Civil Veterinary Dept. North-West Frontier Province 1901-22 - 1901-1922
Year: 1901
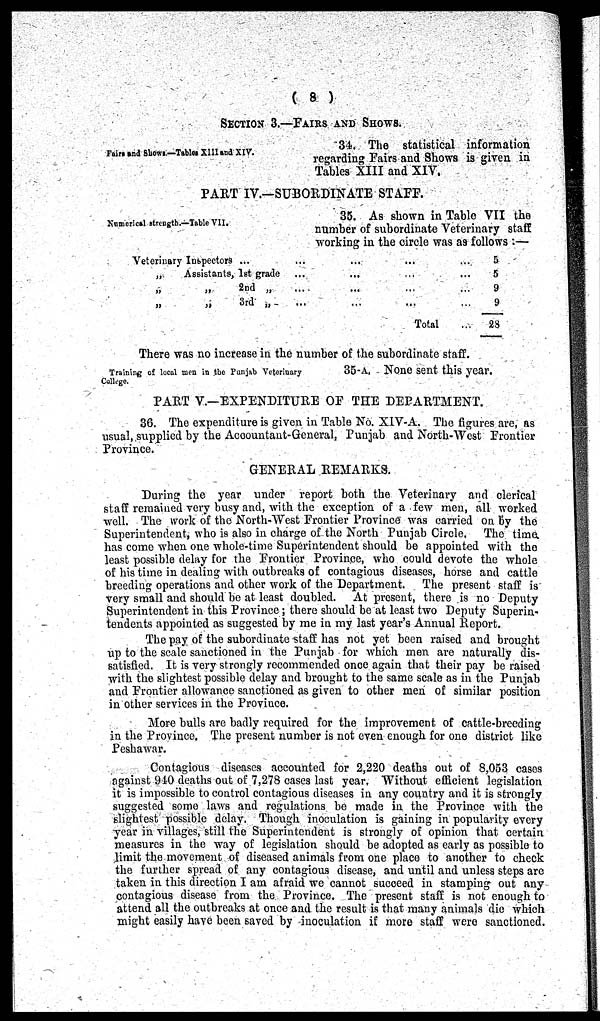
(8)
SECTION 3.—FAIRS AN-D SHOWS.
Fairs and Shows—Tables XIII and XIV.
34. The statistical information
regarding Fairs and Shows is given in
Tables XIII and XIV.
PART IV.—SUBORDINATE STAFF.
Numerical strength.—Table VII.
35. As shown in Table VII the
number of subordinate Veterinary staff
working in the circle was as follows:—
Veterinary Inspectors ...
„
Assistants, 1st grade
„ „ 2nd „
„
„
3rd „
...
...
...
...
...
...
...
...
...
...
...
...
Total
...
...
...
...
...
5
5
9
9
28
There was no increase in the number of the subordinate staff.
Training of local men in the Punjab Veterinary
College.
35-A. None sent this year.
PART V.—EXPENDITURE OF THE DEPARTMENT.
36. The expenditure is given in Table No. XIV-A. The figures are, as
usual, supplied by the Accountant-General, Punjab and North-West Frontier
Province.
GENERAL REMARKS.
During the year under report both the Veterinary and clerical
staff remained very busy and, with the exception of a few men, all worked
well. The work of the North-West Frontier Province was carried on by the
Superintendent, who is also in charge of the North Punjab Circle. The time
has come when one whole-time Superintendent should be appointed with the
least possible delay for the Frontier Province, who could devote the whole
of his time in dealing with outbreaks of contagious diseases, horse and cattle
breeding operations and other work of the Department. The present staff is
very small and should be at least doubled. At present, there is no Deputy
Superintendent in this Province; there should be at least two Deputy Superin-
tendents appointed as suggested by me in my last year's Annual Report.
The pay of the subordinate staff has not yet been raised and brought
up to the scale sanctioned in the Punjab for which men are naturally dis-
satisfied. It is very strongly recommended once again that their pay be raised
with the slightest possible delay and brought to the same scale as in the Punjab
and Frontier allowance sanctioned as given to other men of similar position
in other services in the Province.
More bulls are badly required for the improvement of cattle-breeding
in the Province. The present number is not even enough for one district like
Peshawar.
Contagious diseases accounted for 2,220 deaths out of 8,053 cases
against 910 deaths out of 7,278 cases last year. Without efficient legislation
it is impossible to control contagious diseases in any country and it is strongly
suggested some laws and regulations be made in the Province with the
slightest possible delay. Though inoculation is gaining in popularity every
year in villages, still the Superintendent is strongly of opinion that certain
measures in the way of legislation should be adopted as early as possible to
limit the movement of diseased animals from one place to another to check
the further spread of any contagious disease, and until and unless steps are
taken in this direction I am afraid we cannot succeed in stamping out any
contagious disease from the Province. The present staff is not enough to
attend all the outbreaks at once and the result is that many animals die which
might easily have been saved by inoculation if more staff were sanctioned.